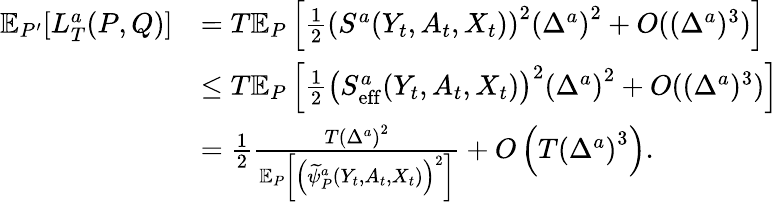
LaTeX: \begin{array}{rl}{\mathbb{E}_{P^{\prime}}[L_{T}^{a}(P,Q)]}&{=T\mathbb{E}_{P}\left[\frac{1}{2}\left(S^{a}(Y_{t},A_{t},X_{t})\right)^{2}\left(\Delta^{a}\right)^{2}+O((\Delta^{a})^{3})\right]}\\ &{\leq T\mathbb{E}_{P}\left[\frac{1}{2}\left(S_{\mathrm{eff}}^{a}(Y_{t},A_{t},X_{t})\right)^{2}\left(\Delta^{a}\right)^{2}+O((\Delta^{a})^{3})\right]}\\ &{=\frac{1}{2}\frac{T\left(\Delta^{a}\right)^{2}}{\mathbb{E}_{P}\left[\left(\widetilde{\psi}_{P}^{a}(Y_{t},A_{t},X_{t})\right)^{2}\right]}+O\left(T\left(\Delta^{a}\right)^{3}\right).}\end{array}